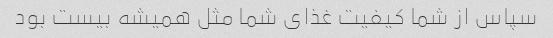
سپاس از شما کیفیت غذای شما مثل همیشه بیست بود